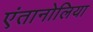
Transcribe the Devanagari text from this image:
एंतानोलिया